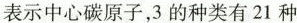
表示中心碳原子，3的种类有21种